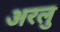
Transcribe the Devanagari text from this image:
अरलु